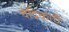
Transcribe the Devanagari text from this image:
चंद्रिकाएँ